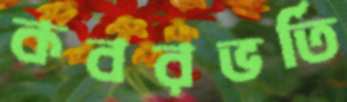
কবরভর্তি